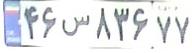
۴۶س۸۳۶۷۱